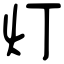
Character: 灯